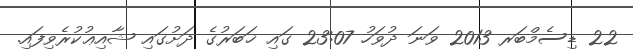
22 ޑިސެމްބަރ 2013 ވަނަ ދުވަހު 23:07 ގައި ޚަބަރުގެ ދަށުގައި ޝާއިޢުކުރެވިފައި.